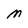
Character: M